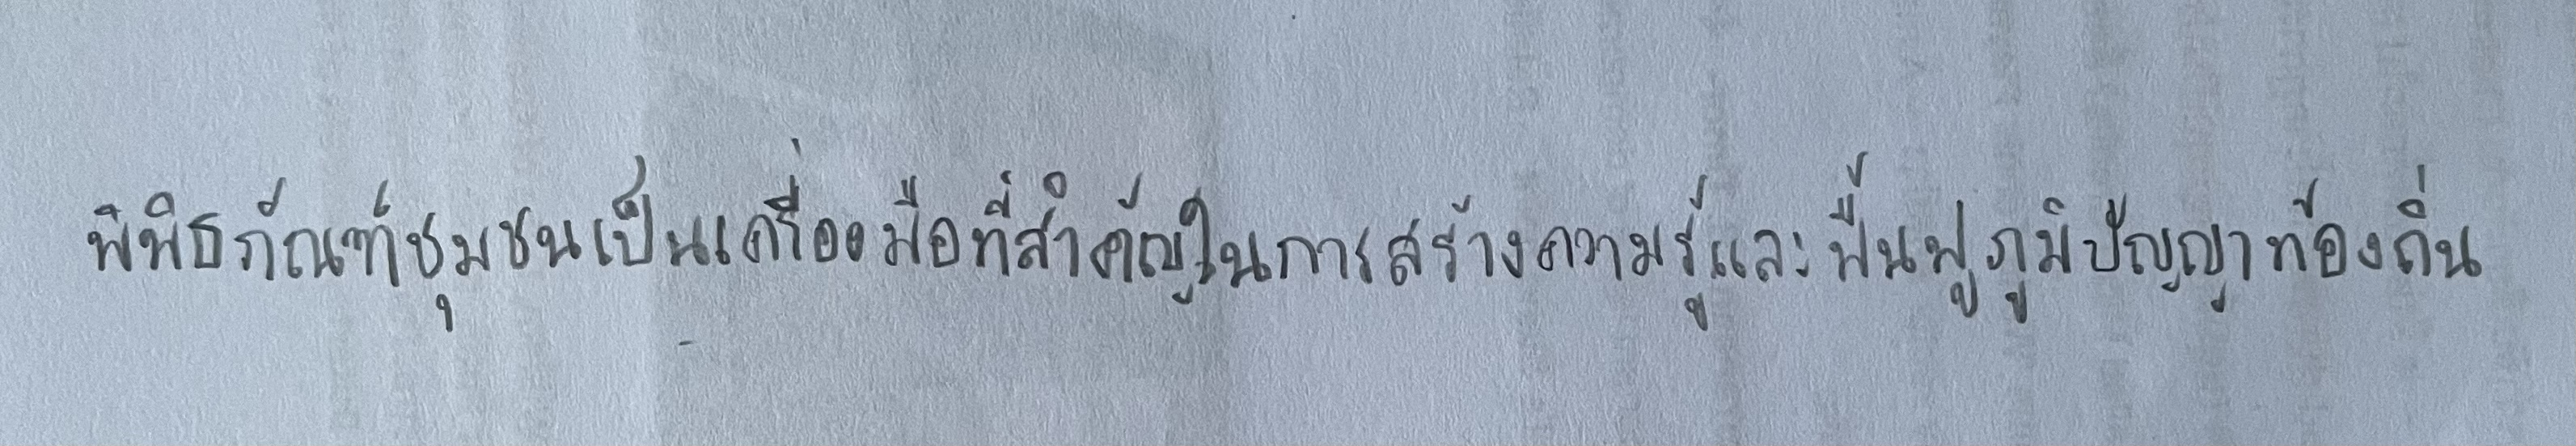
พิพิธภัณฑ์ชุมชนเป็นเครื่องมือที่สำคัญในการสร้างความรู้และฟื้นฟูภูมิปัญญาท้องถิ่น